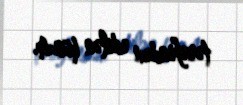
tərəfindən edilən hücum.